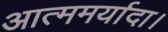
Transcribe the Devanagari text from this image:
आत्ममर्यादा।